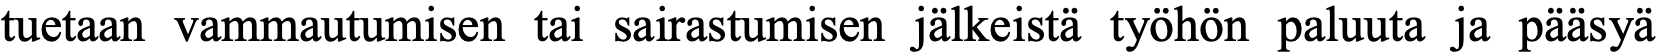
tuetaan vammautumisen tai sairastumisen jälkeistä työhön paluuta ja pääsyä